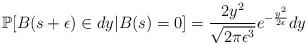
LaTeX: \begin{align*}\mathbb{P}[B(s+\epsilon) \in dy \vert B(s)=0]=\frac{2y^2}{\sqrt{2\pi \epsilon^3}} e^{-\frac{y^2}{2\epsilon}} dy\end{align*}